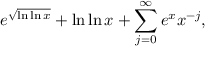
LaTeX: e ^ { \sqrt { \ln \ln x } } + \ln \ln x + \sum _ { j = 0 } ^ { \infty } e ^ { x } x ^ { - j } ,